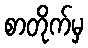
စာတိုက်မှ